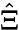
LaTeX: \hat{\Xi}